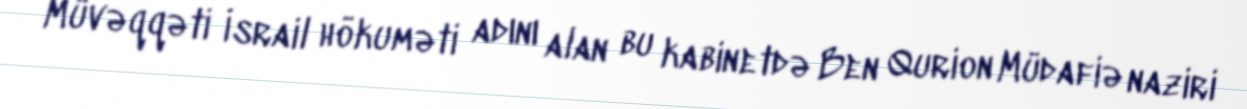
Müvəqqəti İsrail hökuməti adını alan bu kabinetdə Ben Qurion Müdafiə naziri